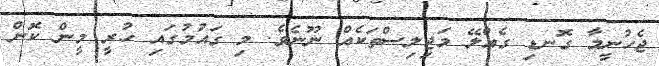
ޖެހުނީމާ ގޮނޑި ގެއްލޭ މަޖިލިސްތަކެއް ނޫނެވެ. މި ގައުމުގައި ހުރީ މީން ކޮން